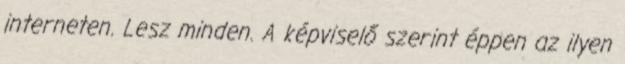
interneten. Lesz minden. A képviselő szerint éppen az ilyen